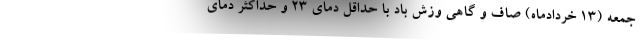
‌جمعه (۱۳ خردادماه) صاف و گاهی وزش باد با حداقل دمای ۲۳ و حداکثر دمای